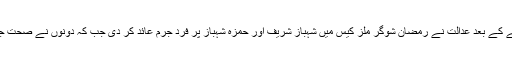
وکلاء کے دلائل سننے کے بعد عدالت نے رمضان شوگر ملز کیس میں شہباز شریف اور حمزہ شہباز پر فرد جرم عائد کر دی جب کہ دونوں نے صحت جرم سے انکار کر دیا۔